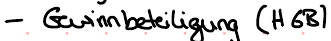
- Gewinnbeteiligung (HGB)